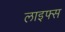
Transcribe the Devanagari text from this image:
लाइफ्स